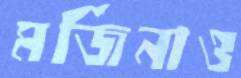
মর্জিনাও